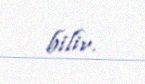
bilir.